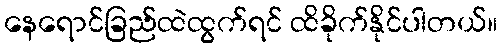
နေရောင်ခြည်ထဲထွက်ရင် ထိခိုက်နိုင်ပါတယ်။